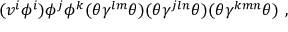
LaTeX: ( v ^ { i } \phi ^ { i } ) \phi ^ { j } \phi ^ { k } ( \theta \gamma ^ { l m } \theta ) ( \theta \gamma ^ { j l n } \theta ) ( \theta \gamma ^ { k m n } \theta ) ~ ,